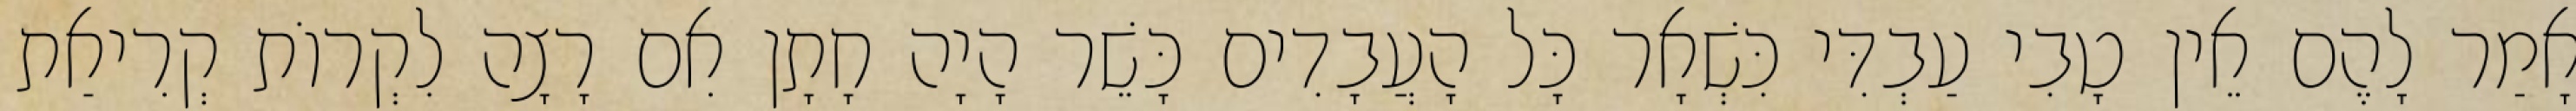
אָמַר לָהֶם אֵין טָבִי עַבְדִּי כִּשְׁאָר כָּל הָעֲבָדִים כָּשֵׁר הָיָה חָתָן אִם רָצָה לִקְרוֹת קְרִיאַת